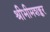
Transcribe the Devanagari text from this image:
श्रीभीमशङ्कर